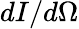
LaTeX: dI/d\Omega